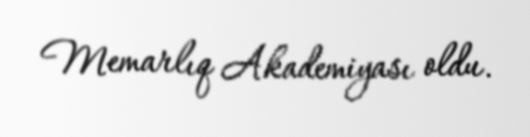
Memarlıq Akademiyası oldu.